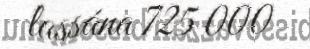
lassána 725 000